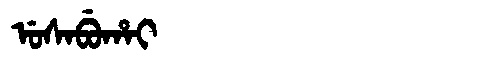
Manchu: ᡠᠰᠠᠪᡠᡥᠠᡳ
Romanization: USABUHAI